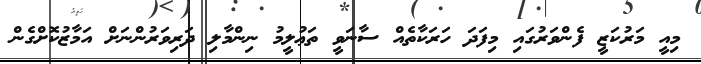
މިއީ މަރުކަޒީ ފެންވަރުގައި މިފަދަ ހަރަކާތެއް ސާނަވީ ތަޢުލީމު ނިންމާލި ދަރިވަރުންނަށް އަމާޒުކޮށްގެން